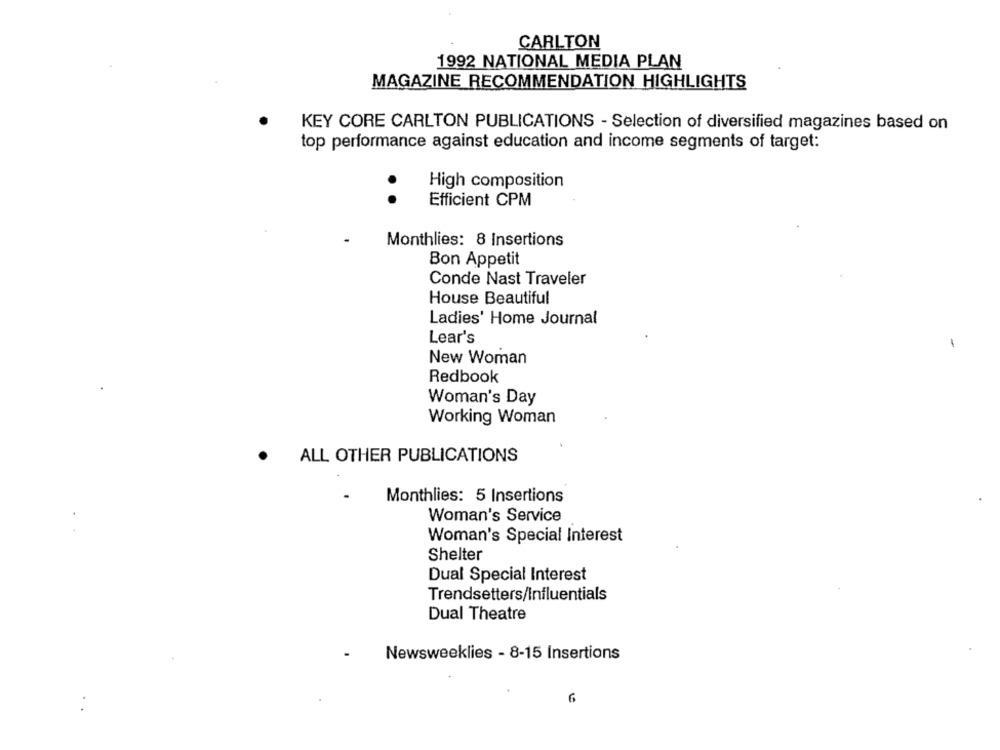
CARLTON
1992 NATIONAL MEDIA PLAN
MAGAZINE RECOMMENDATION HIGHLIGHTS
KEY CORE CARLTON PUBLICATIONS - Selection of diversified magazines based on
top performance against education and income segments of target:
High composition
Efficient CPM
..
Monthlies: 8 Insertions
Bon Appetit
Conde Nast Traveler
House Beautiful
Ladies' Home Journal
Lear's
New Woman
Redbook
Woman's Day
Working Woman
. ALL OTHER PUBLICATIONS
Monthlies: 5 Insertions
Woman's Service
Woman's Special Interest
Shelter
Dual Special Interest
Trendsetters/Influentials
Dual Theatre
Newsweeklies - 8-15 Insertions
6